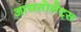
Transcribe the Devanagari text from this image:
आयसोलेट्स